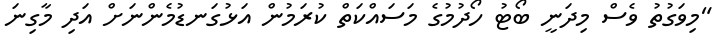
"މިވަގުތު ވެސް މިދަނީ ބޯޓު ހޯދުމުގެ މަސައްކަތް ކުރަމުން އަޅުގަނޑުމެންނަށް އަދި މާގިނަ